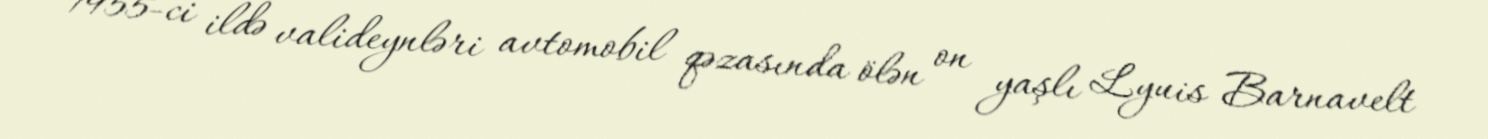
1955-ci ildə valideynləri avtomobil qəzasında ölən on yaşlı Lyuis Barnavelt